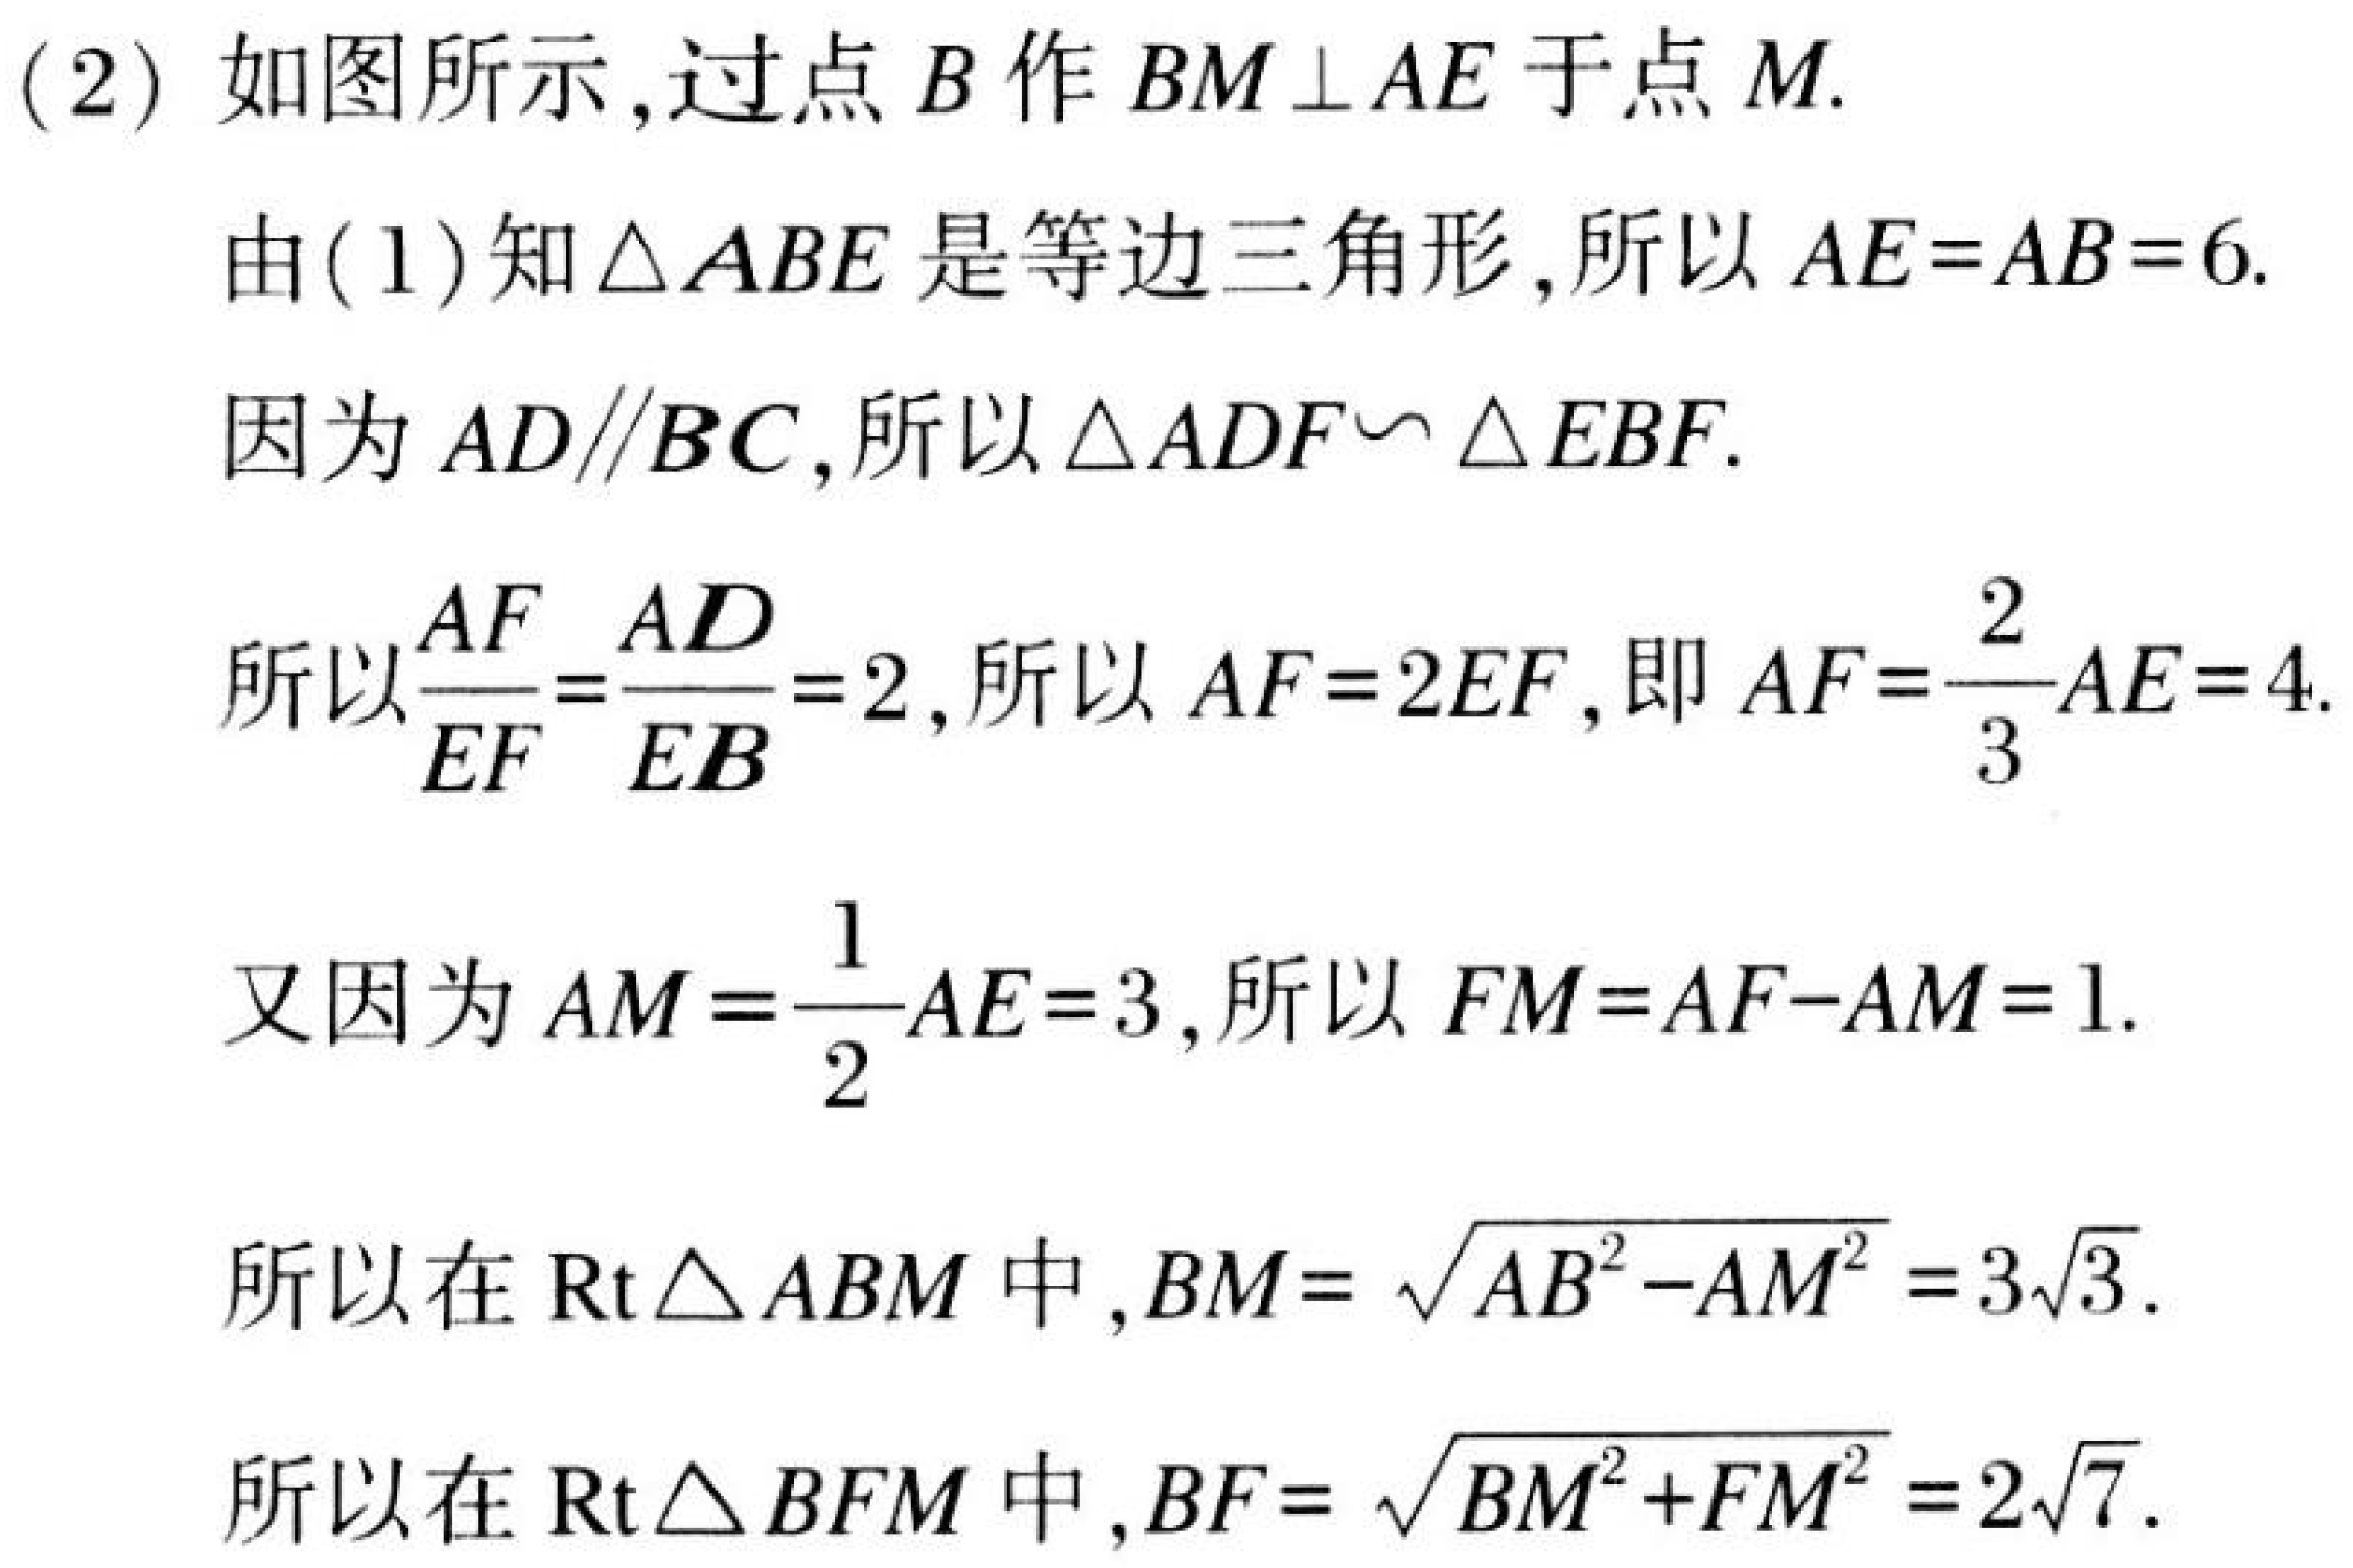
(2) 如图所示,过点$B$作$BM\perp AE$于点$M$.
由(1)知$\triangle ABE$是等边三角形,所以$AE = AB = 6$.
因为$AD\parallel BC$,所以$\triangle ADF\backsim\triangle EBF$.
所以$\frac{AF}{EF}=\frac{AD}{EB}=2$,所以$AF = 2EF$,即$AF=\frac{2}{3}AE = 4$.
又因为$AM=\frac{1}{2}AE = 3$,所以$FM = AF - AM = 1$.
所以在$\text{Rt}\triangle ABM$中,$BM=\sqrt{AB^{2}-AM^{2}} = 3\sqrt{3}$.
所以在$\text{Rt}\triangle BFM$中,$BF=\sqrt{BM^{2}+FM^{2}} = 2\sqrt{7}$.